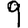
Digit: 9